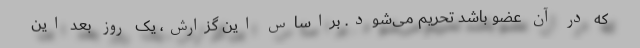
که در آن عضو باشد تحریم می‌شود. براساس این گزارش، یک روز بعد این